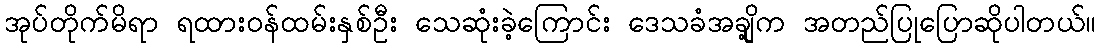
အုပ်တိုက်မိရာ ရထားဝန်ထမ်းနှစ်ဦး သေဆုံးခဲ့ကြောင်း ဒေသခံအချို့က အတည်ပြုပြောဆိုပါတယ်။